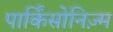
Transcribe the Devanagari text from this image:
पार्किंसोनिज़्म